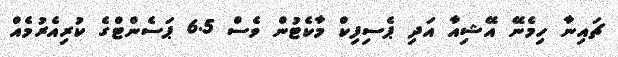
ޗައިނާ ހިމެނޭ އޭޝިއާ އަދި ޕެސިފިކް މާކެޓުން ވެސް 6.5 ޕަސެންޓްގެ ކުރިއެރުމެއް